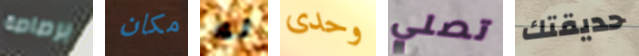
برصاصة مكان له وحدى تصلي حديقتك